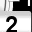
Digit: 2